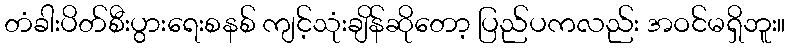
တံခါးပိတ်စီးပွားရေးစနစ် ကျင့်သုံးချိန်ဆိုတော့ ပြည်ပကလည်း အဝင်မရှိဘူး။